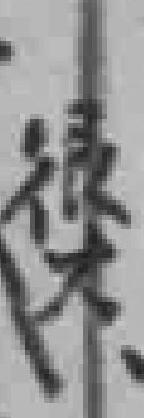
很大